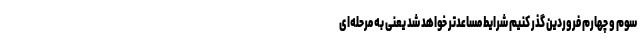
سوم و چهارم فروردین گذر کنیم شرایط مساعدتر خواهد شد یعنی به مرحله‌ای